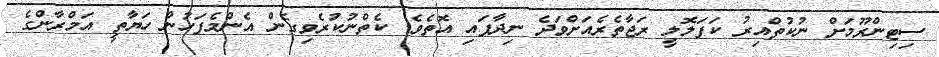
ސިޓިންރޫމަށް ނުކުތްއިރު ކަފަލޮލީ ރަޖާތެރެއަށްވަދެ ނިދާފައި އޮތެވެ. ކެތްނުކުރެވިގެން އެންމެފަހުން ހަޔާތީ އަމްރާންގެ